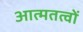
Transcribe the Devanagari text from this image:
आत्मतत्वों